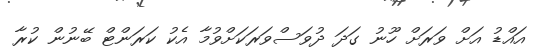
އައްޑު އަށް ވަރަށް ހޫނު ގަދަ ދުވަސްވަރަކަށްވުމާ އެކު ކަރަންޓް ބޭނުން ކުރާ